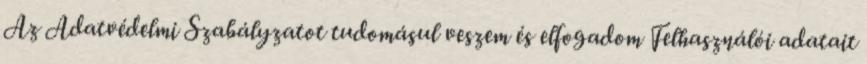
Az Adatvédelmi Szabályzatot tudomásul veszem és elfogadom Felhasználói adatait